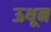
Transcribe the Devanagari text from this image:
ऊथून